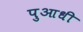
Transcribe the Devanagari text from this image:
पुआधी